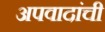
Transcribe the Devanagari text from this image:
अपवादांची